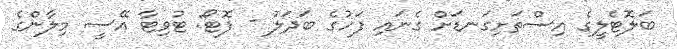
ބަލޮޓެލީގެ އިސްތަށިގަނޑަށް ގެނައި ފަހުގެ ބަދަލު - ފޮޓޯ: ޓުވިޓާ އޭސީ މިލާންގެ